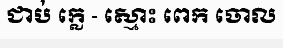
ជាប់ ក្លេ - ស្មោះ ពេក ចោល